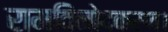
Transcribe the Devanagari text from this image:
रामविनोदकरण।